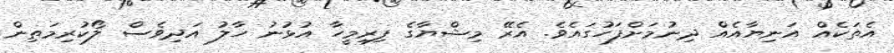
އެތަކެއް އަނިޔާއެއް ދިނުމަށްފަހުގައެވެ. އެރޭ މިޝްޔާގެ ފިރިމީހާ އުޅުނު ހާލު އަދިވެސް ލޯކުރިމަތިން